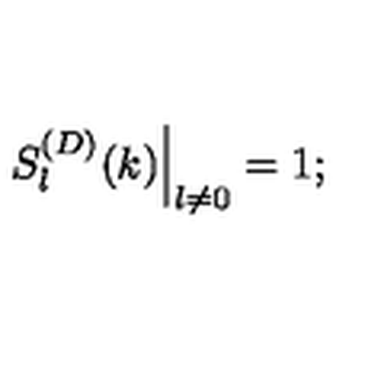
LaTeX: \left. S _ { l } ^ { ( D ) } ( k ) \right| _ { l \neq 0 } = 1 ;